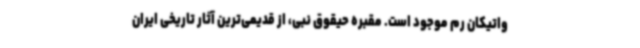
واتیکان رم موجود است. مقبره حیقوق نبی، از قدیمی‌ترین آثار تاریخی ایران